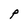
Character: P